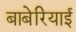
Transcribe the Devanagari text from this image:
बाबेरियाई